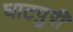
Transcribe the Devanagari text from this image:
घाटपुरी